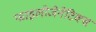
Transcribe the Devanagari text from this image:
फाइलोजेनेटिक्स